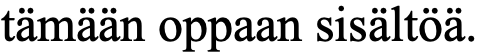
tämään oppaan sisältöä.